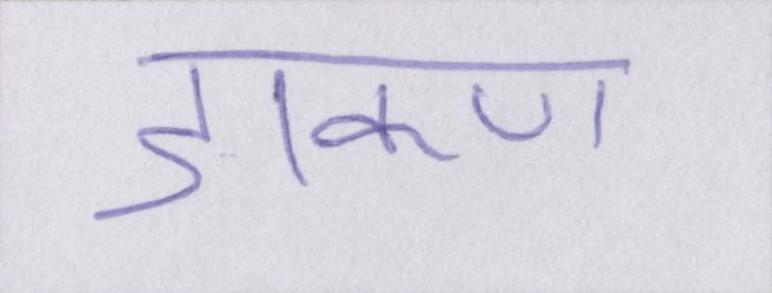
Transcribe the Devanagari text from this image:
डाकण